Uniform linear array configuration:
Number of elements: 8
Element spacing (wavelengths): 1
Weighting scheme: hamming
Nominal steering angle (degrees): -45
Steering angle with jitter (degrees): -44.549
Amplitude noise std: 0.05
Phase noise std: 0.05

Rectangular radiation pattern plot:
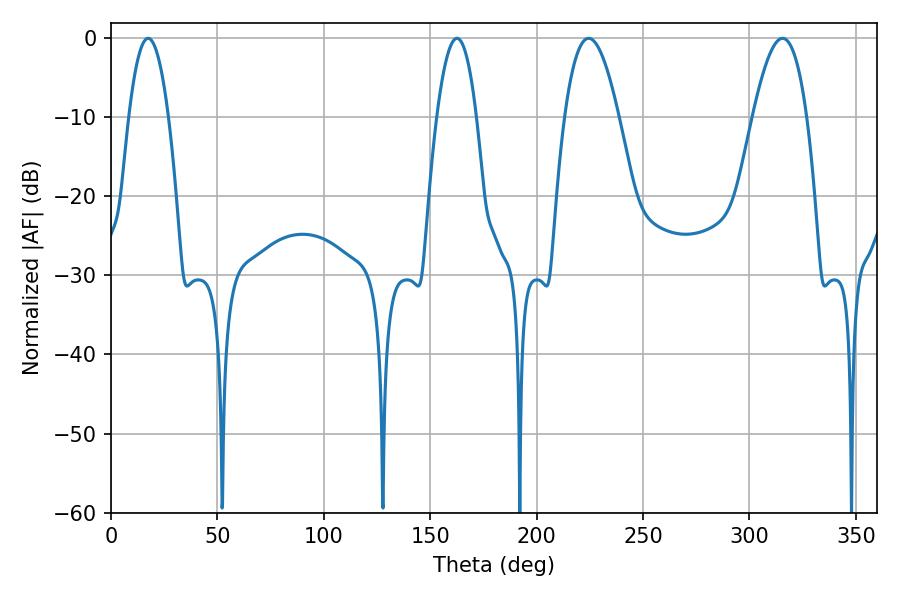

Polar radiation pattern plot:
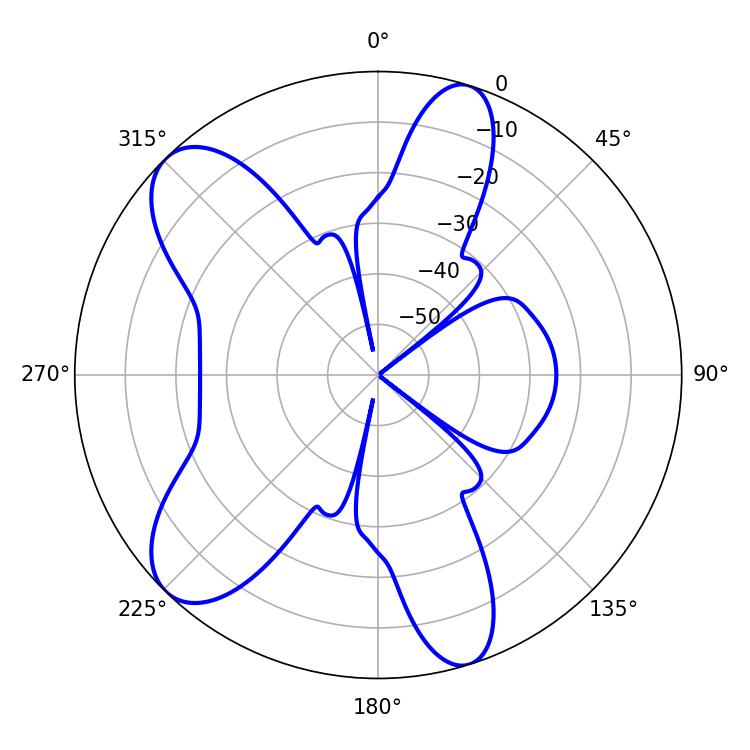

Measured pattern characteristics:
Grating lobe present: TRUE
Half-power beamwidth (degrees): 10.26
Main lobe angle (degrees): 17.46